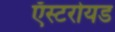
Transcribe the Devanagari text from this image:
ऍस्टरोयड